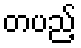
တပည့်